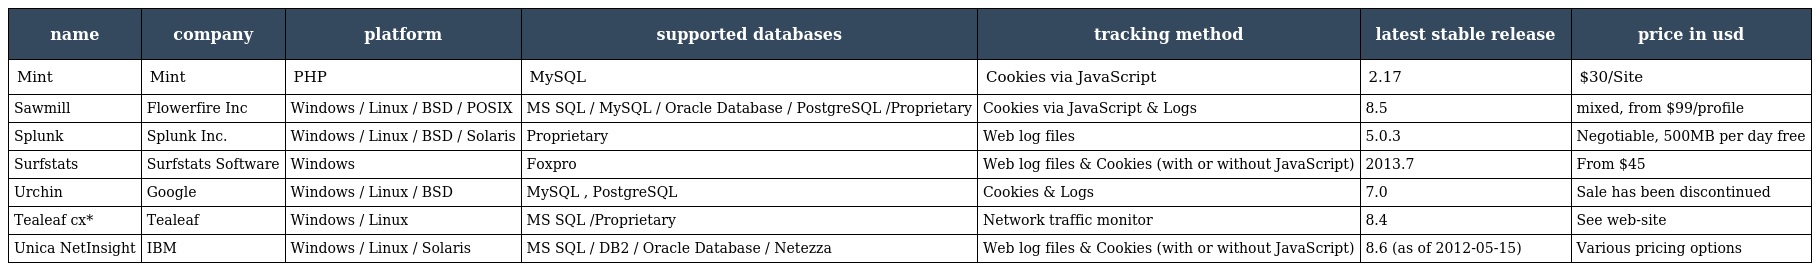
| name | company | platform | supported databases | tracking method | latest stable release | price in usd |
 | --- | --- | --- | --- | --- | --- | --- |
 | Mint | Mint | PHP | MySQL | Cookies via JavaScript | 2.17 | $30/Site |
 | Sawmill | Flowerfire Inc | Windows / Linux / BSD / POSIX | MS SQL / MySQL / Oracle Database / PostgreSQL /Proprietary | Cookies via JavaScript & Logs | 8.5 | mixed, from $99/profile |
 | Splunk | Splunk Inc. | Windows / Linux / BSD / Solaris | Proprietary | Web log files | 5.0.3 | Negotiable, 500MB per day free |
 | Surfstats | Surfstats Software | Windows | Foxpro | Web log files & Cookies (with or without JavaScript) | 2013.7 | From $45 |
 | Urchin | Google | Windows / Linux / BSD | MySQL , PostgreSQL | Cookies & Logs | 7.0 | Sale has been discontinued |
 | Tealeaf cx* | Tealeaf | Windows / Linux | MS SQL /Proprietary | Network traffic monitor | 8.4 | See web-site |
 | Unica NetInsight | IBM | Windows / Linux / Solaris | MS SQL / DB2 / Oracle Database / Netezza | Web log files & Cookies (with or without JavaScript) | 8.6 (as of 2012-05-15) | Various pricing options |